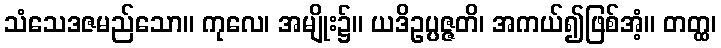
သံသေဒဇမည်သော။ ကုလေ၊ အမျိုး၌။ ယဒိဥပ္ပဇ္ဇတိ၊ အကယ်၍ဖြစ်အံ့။ တတ္ထ၊